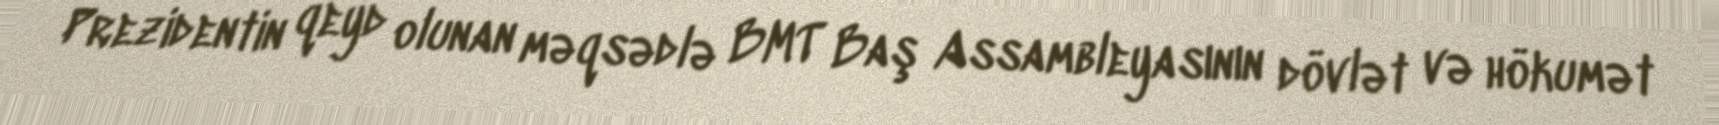
Prezidentin qeyd olunan məqsədlə BMT Baş Assambleyasının dövlət və hökumət